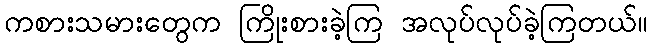
ကစားသမားတွေက ကြိုးစားခဲ့ကြ အလုပ်လုပ်ခဲ့ကြတယ်။